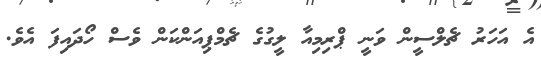
އެ އަހަރު ޗެލްސީން ވަނީ ޕްރިމިއާ ލީގުގެ ޗެމްޕިއަންކަން ވެސް ހޯދައިފަ އެވެ.